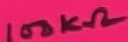
Text: 100KΩ